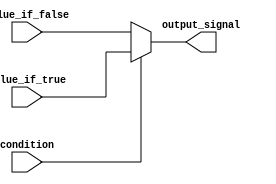
module generate_conditional_assignment (
    input condition, // condition to evaluate
    input value_if_true, // value to assign if condition is true
    input value_if_false, // value to assign if condition is false
    output reg output_signal // output signal with assigned value
);

always @* begin
    if (condition) begin
        output_signal <= value_if_true;
    end else begin
        output_signal <= value_if_false;
    end
end

endmodule